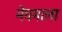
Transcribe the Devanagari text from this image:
मेघमाला